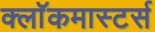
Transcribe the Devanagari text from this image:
क्लाॅकमास्टर्स